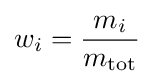
w_{i}={\frac {m_{i}}{m_{\text{tot}}}}